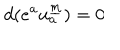
d ( e ^ { a } u _ { a } ^ { \underline { { { m } } } } ) = 0